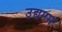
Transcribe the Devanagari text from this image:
उद्यमम